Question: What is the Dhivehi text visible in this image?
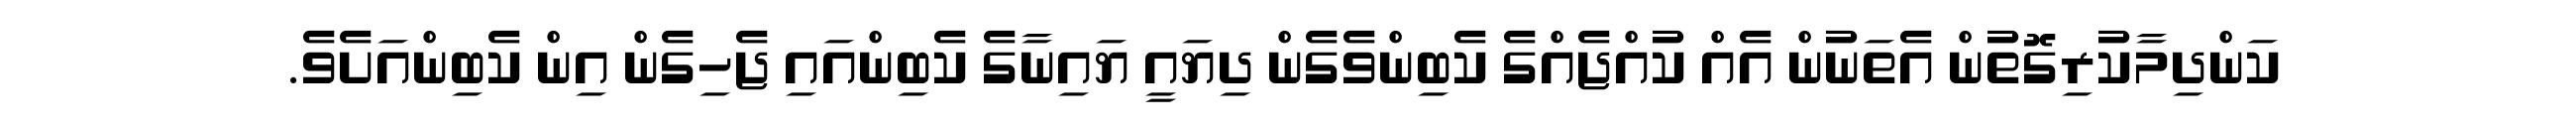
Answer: ކަންދިމާކުރިގޮތުން އެތަނުން އެއް ކުއްޖެއްގެ ކެބިންވެގެން ދިޔައީ ޔައިނާގެ ކެބިންއައި ޖެހިގެން އިން ކެބިންއަށެވެ.